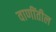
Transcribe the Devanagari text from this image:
वाणींतील